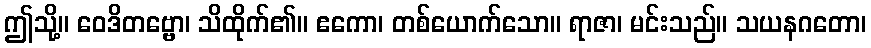
ဤသို့။ ဝေဒိတဗ္ဗော၊ သိထိုက်၏။ ဧကော၊ တစ်ယောက်သော။ ရာဇာ၊ မင်းသည်။ သယနဂတော၊